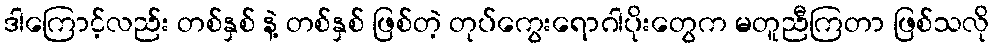
ဒါကြောင့်လည်း တစ်နှစ် နဲ့ တစ်နှစ် ဖြစ်တဲ့ တုပ်ကွေးရောဂါပိုးတွေက မတူညီကြတာ ဖြစ်သလို